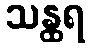
သန္ထရ